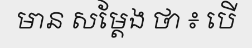
មាន សម្តែង ថា ៖ បើ